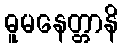
ဓူမနေတ္တာနိ